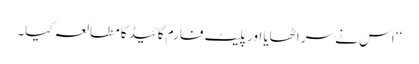
‘‘ اس نے سر اٹھایا اور پلیٹ فارم گائیڈ کا مطالعہ کیا۔